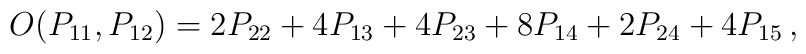
O(P_{11},P_{12})=2P_{22}+4P_{13}+4P_{23}+8P_{14}+2P_{24}+4P_{15}\,,